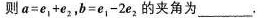
则$$a = e _ { 1 } + e _ { 2 }$$，$$b = e _ { 1 } - 2 e _ { 2 }$$的夹角为___.